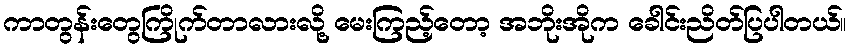
ကာတွန်းတွေကြိုက်တာလားလို့ မေးကြည့်တော့ အဘိုးအိုက ခေါင်းညိတ်ပြပါတယ်။